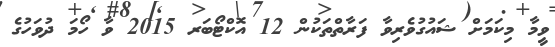
ވީމާ މިކަމަށް ޝައުގުވެރިވާ ފަރާތްތަކުން 12 އޮކްޓޯބަރ 2015 ވާ ހޯމަ ދުވަހުގެ